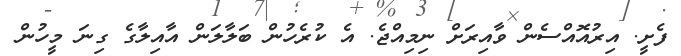
ފެށީ. އިރުއޮއްސެން ވާއިރަށް ނިިމިއްޖެ. އެ ކުރެހުން ބަލާލަން އާއިލާގެ ގިނަ މީހުން